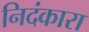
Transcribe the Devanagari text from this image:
निदंकारा